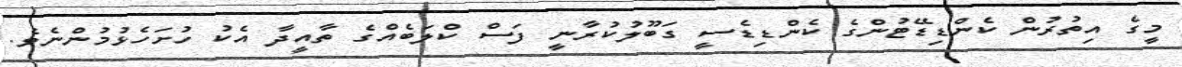
މީގެ އިތުރުން ކެންޑިޑޭޓުންގެ ކެންޑިޑެސީ ގަބޫލުކުރާނީ ފަސް ކްލަބެއްގެ ތާއީދާ އެކު ހުށަހެޅުމުންނެވެ.